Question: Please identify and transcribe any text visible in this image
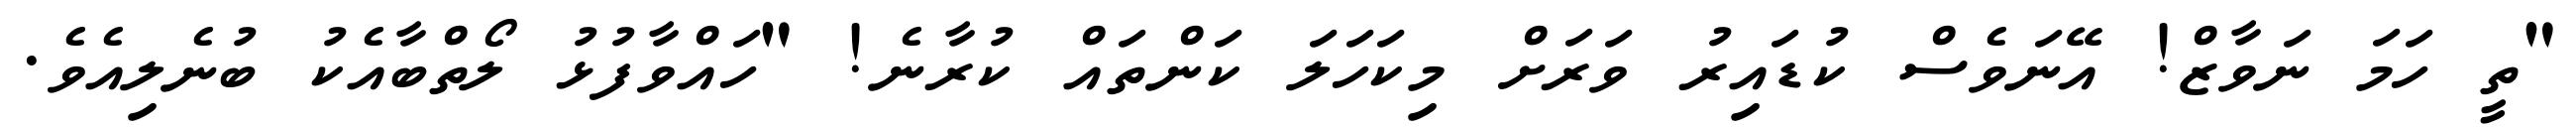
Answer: "ތީ ހަމަ ނަވާޒް! އޭނަވެސް ކުޑައިރު ވަރަށް މިކަހަލަ ކަންތައް ކުރާނެ! "ހައްވާފުޅު ލޯތްބާއެކު ބުނެލިއެވެ.